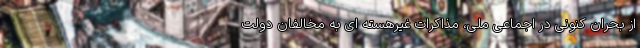
از بحران کنونی در اجماعی ملّی، مذاکرات غیرهسته ای به مخالفان دولت